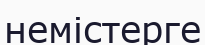
немістерге